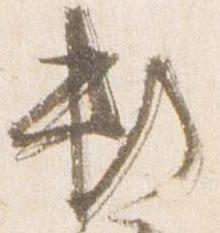
頼